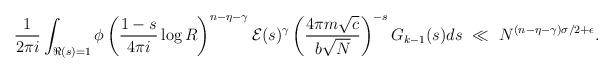
LaTeX: \begin{align*} \frac{1}{2\pi i}&\int_{\Re(s) = 1} \phi \left( \frac{1-s}{4\pi i}\log R \right)^{n- \eta -\gamma} \mathcal E(s)^\gamma \left(\frac{4\pi m \sqrt{c}}{b \sqrt{N}} \right)^{-s} G_{k-1}(s) ds \ \ll \ N^{(n- \eta - \gamma)\sigma/2 + \epsilon}. \end{align*}